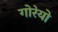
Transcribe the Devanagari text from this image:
गोरेयो